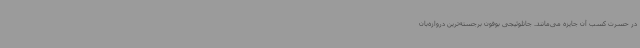
در حسرت کسب آن جایزه می‌مانند. جانلوئیجی بوفون برجسته‌ترین دروازه‌بان